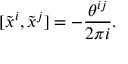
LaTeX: [ \tilde { x } ^ { i } , \tilde { x } ^ { j } ] = - \frac { \theta ^ { i j } } { 2 \pi i } .